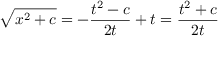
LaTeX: { \sqrt { x ^ { 2 } + c } } = - { \frac { t ^ { 2 } - c } { 2 t } } + t = { \frac { t ^ { 2 } + c } { 2 t } }